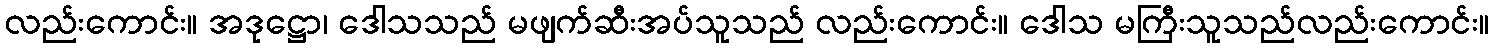
လည်းကောင်း။ အဒုဋ္ဌော၊ ဒေါသသည် မဖျက်ဆီးအပ်သူသည် လည်းကောင်း။ ဒေါသ မကြီးသူသည်လည်းကောင်း။